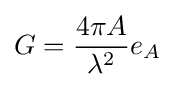
G={\frac {4\pi A}{\lambda ^{2}}}e_{A}